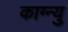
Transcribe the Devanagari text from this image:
काग्न्यु